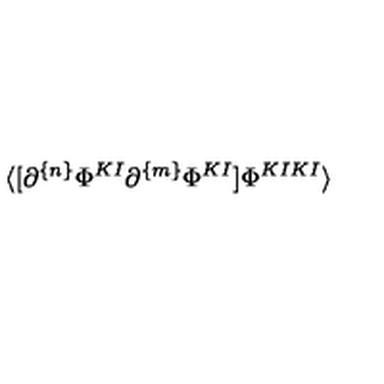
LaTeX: \langle [ \partial ^ { \{ n \} } \Phi ^ { K I } \partial ^ { \{ m \} } \Phi ^ { K I } ] \Phi ^ { K I K I } \rangle